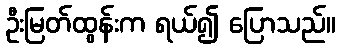
ဦးမြတ်ထွန်းက ရယ်၍ ပြောသည်။